Annual report of the Civil Veterinary Department, Bengal, for the year 1896-97 - 1896-1897
Year: 1896
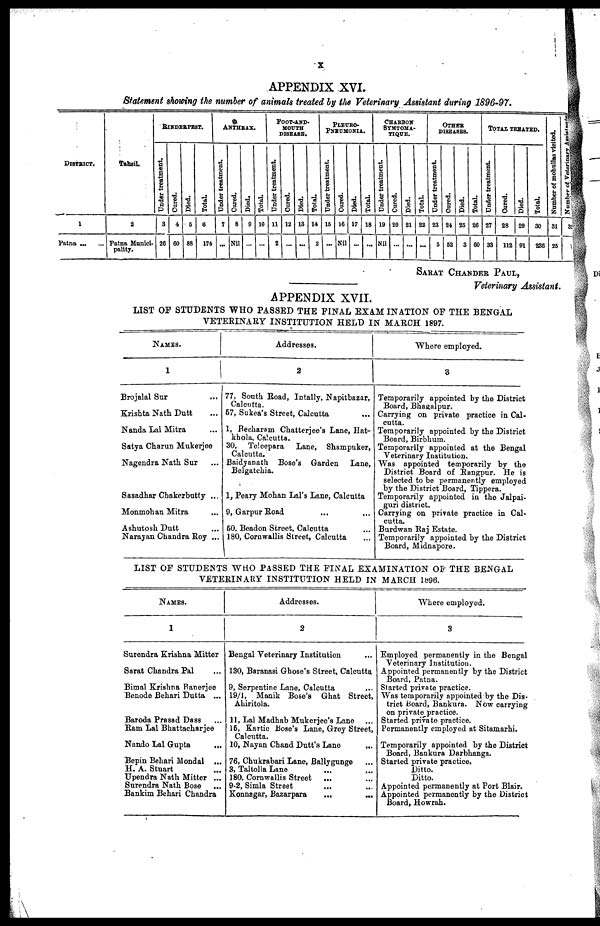
X
APPENDIX XVI.
Statement showing the number of animals treated by the Veterinary Assistant during 1896-97.
DISTRICT.
1
Patna
...
...
Tahsil.
2
Patna Munici-
pality.
RINDERPEST.
Under treatment.
3
26
Cured.
4
60
Died.
5
88
Total.
6
174
ANTHRAX.
Under treatment.
7
...
Cured.
8
Nil
Died.
9
...
Total.
10
...
FOOT-AND-
MOUTH
DISEASE.
Under treatment.
11
2
Cured.
12
...
Died.
13
...
Total.
14
2
PLEURO-
PNEUMONIA.
Under treatment.
15
...
Cured.
16
Nil
Died.
17
...
Total.
18
...
CHARBON
SYMTOMA-
TIQUE.
Under treatment.
19
Nil
Cured.
20
...
Died.
21
...
Total.
22
...
OTHER
DISEASES.
Under treatment.
23
5
Cured.
24
52
Died.
25
3
Total.
26
60
TOTAL TREATED.
Under treatment.
27
33
Cured.
28
112
Died.
29
91
Total.
30
236
Number of mohullas vieited.
31
25
SARAT CHANDER PAUL,
Veterinary Assistant.
APPENDIX XVII.
LIST OF STUDENTS WHO PASSED THE FINAL EXAM INATION OF THE BENGAL
VETERINARY INSTITUTION HELD IN MARCH 1897.
NAMES.
1
Brojalal Sur ...
Krishta Nath Dutt ...
Nanda Lal Mitra ...
Satya Charun Mukerjee
Nagendra Nath Sur ...
Sasadhar Chakerbutty ...
Monmohan Mitra ...
Ashutosh Dutt ...
Narayan Chandra Roy ...
Addresses.
2
77. South Road, Intally, Napitbazar,
Calcutta.
57, Sukea's Street, Calcutta
1, Becharam Chatterjee's Lane, Hat-
khola. Calcutta.
30, Teleepara Lane, Shampuker,
Calcutta.
Baidyanath Bose's Garden Lane,
Belgatchia.
1, Peary Mohan Lal's Lane, Calcutta
9, Garpur Road ... ...
50. Beadon Street, Calcutta ...
180, Cornwallis Street, Calcutta ...
Where employed.
3
Temporarily appointed by the District
Board, Bhagalpur.
Carrying on private practice in Cal-
Temporarily appointed by the District
Board, Birbhum.
Temporarily appointed at the Bengal
Veterinary Institution.
Was appointed temporarily by the
District Board of Rangpur. He is
selected to be permanently employed
by the District Board, Tippera.
Temporarily appointed in the Jalpai-
guri district.
Carrying on private practice in Cal-
cutta.
Burdwan Raj Estate.
Temporarily appointed by the District
Board, Midnapore.
LIST OF STUDENTS WHO PASSED THE FINAL EXAMINATION OF THE BENGAL
VETERINARY INSTITUTION HELD IN MARCH 1896.
NAMES.
1
Surendra Krishna Mitter
Sarat Chandra Pal ...
Bimal Krishna Banerjee
Benode Behari Dutta ...
Baroda Prasad Dass ...
Ram Lal Bhattacharjee
Nando Lal Gupta ...
Bepin Behari Wondal ...
H. A. Stuart ...
Upendra Nath Mitter ...
Surendra Nath Bose ...
Bankim Behari Chandra
Addresses.
2
Bengal Veterinary Institution ...
130, Baranasi Ghose's Street, Calcutta
9, Serpentine Lane, Calcutta ...
19/1, Manik Bose's Ghat Street,
Ahiritola.
11, Lal Madhab Mukerjee's Lane ...
16, Kartic Bose's Lane, Grey Street,
10, Nayan Chand Dutt's Lano
...
76, Chukrabari Lane, Ballygunge ...
3, Taltolla Lane ... ...
180. Cornwallis Street ... ...
9-2, Simla Street ... ...
Konnagar, Bazarpara
...
...
Where employed.
3
Employed permanently in the Bengal
Veterinary Institution.
Appointed permanently by the District
Board, Patna.
Started private practice.
Was temporarily appointed by the Dis-
trict board, Bankura. Now carrying
on private practice.
Started private practice.
Permanently employed at Sitamarhi.
Temporarily appointed by the District
Board, Bankura Darbhanga.
Started private practice.
Ditto.
Ditto.
Appointed permanently at Port Blair.
Appointed permanently by the District
Board, Howrah.